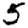
Digit: 5